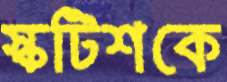
স্কটিশকে